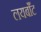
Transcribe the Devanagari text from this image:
लयबाँट